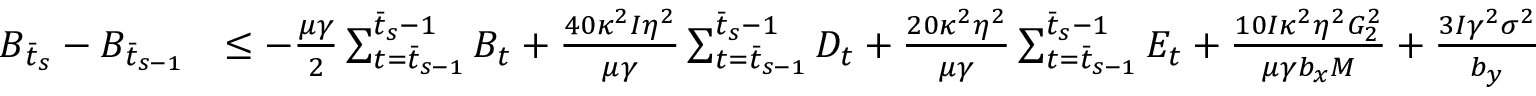
\begin{array} { r l } { B _ { \bar { t } _ { s } } - B _ { \bar { t } _ { s - 1 } } } & { \leq - \frac { \mu \gamma } { 2 } \sum _ { t = \bar { t } _ { s - 1 } } ^ { \bar { t } _ { s } - 1 } B _ { t } + \frac { 4 0 \kappa ^ { 2 } I \eta ^ { 2 } } { \mu \gamma } \sum _ { t = \bar { t } _ { s - 1 } } ^ { \bar { t } _ { s } - 1 } D _ { t } + \frac { 2 0 \kappa ^ { 2 } \eta ^ { 2 } } { \mu \gamma } \sum _ { t = \bar { t } _ { s - 1 } } ^ { \bar { t } _ { s } - 1 } E _ { t } + \frac { 1 0 I \kappa ^ { 2 } \eta ^ { 2 } G _ { 2 } ^ { 2 } } { \mu \gamma b _ { x } M } + \frac { 3 I \gamma ^ { 2 } \sigma ^ { 2 } } { b _ { y } } } \end{array}